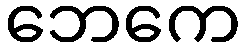
ဘေကေ